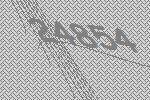
24854